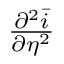
\begin{array} { r } { \frac { \partial ^ { 2 } \bar { i } } { \partial \eta ^ { 2 } } } \end{array}